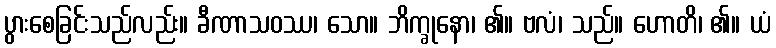
ပွားစေခြင်းသည်လည်း။ ခီဏာသဝဿ၊ သော။ ဘိက္ခုနော၊ ၏။ ဗလံ၊ သည်။ ဟောတိ၊ ၏။ ယံ